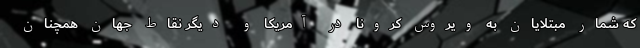
که شمار مبتلایان به ویروس کرونا در آمریکا و دیگر نقاط جهان همچنان